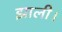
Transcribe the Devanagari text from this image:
झाली।